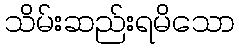
သိမ်းဆည်းရမိသော